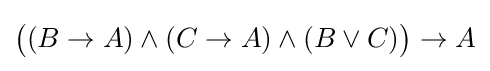
{\big (}(B\to A)\land (C\to A)\land (B\lor C){\big )}\to A